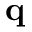
\mathbf { q }